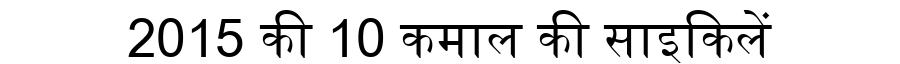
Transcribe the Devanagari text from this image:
2015 की 10 कमाल की साइकिलें